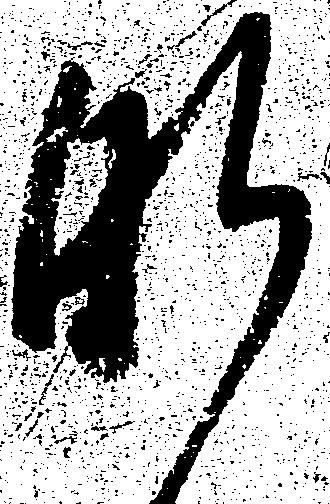
肝